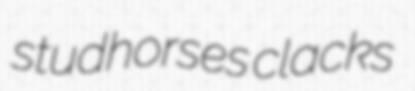
studhorses clacks